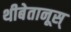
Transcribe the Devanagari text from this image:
थीबेतानूस्